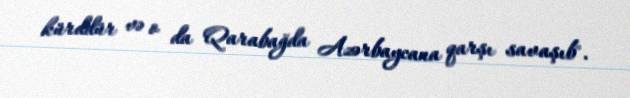
kürddür və o da Qarabağda Azərbaycana qarşı savaşıb".